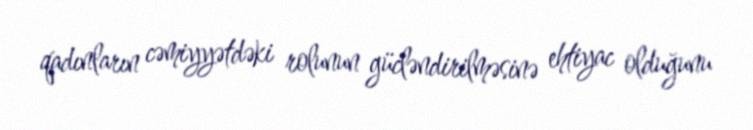
qadınların cəmiyyətdəki rolunun gücləndirilməsinə ehtiyac olduğunu